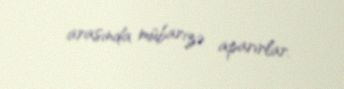
arasında mübarizə aparırlar.